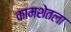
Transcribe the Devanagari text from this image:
कामशेतला